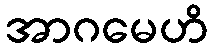
အာဂမေဟိ